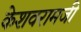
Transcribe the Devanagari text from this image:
केशवरामजी